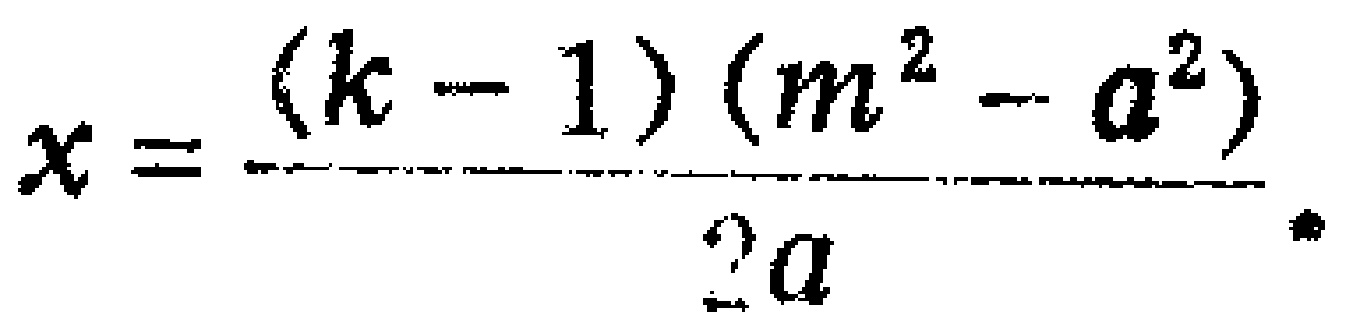
\[x = \frac{(k - 1)(m^{2}-a^{2})}{2a}\]